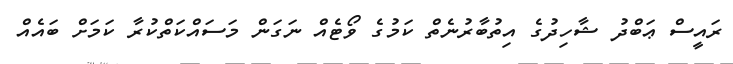
ރައީސް ޢަބްދު ޝާހިދުގެ އިތުބާރުނެތް ކަމުގެ ވޯޓެއް ނަގަން މަސައްކަތްކުރާ ކަމަށް ބައެއް